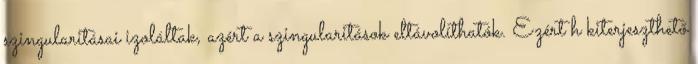
szingularitásai izoláltak, azért a szingularitások eltávolíthatók. Ezért h kiterjeszthető